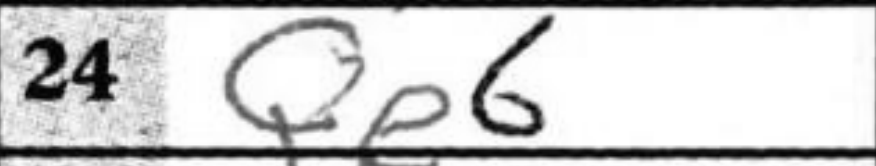
Transcription: Qe6